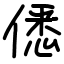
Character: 僁